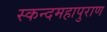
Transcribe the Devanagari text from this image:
स्कन्दमहापुराण